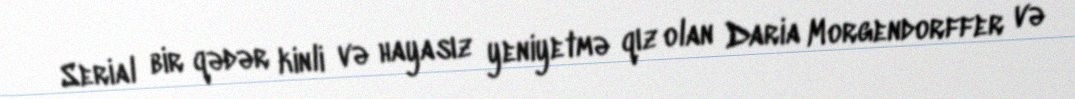
Serial bir qədər kinli və hayasız yeniyetmə qız olan Daria Morgendorffer və